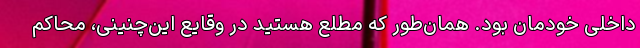
داخلی خودمان بود. همان‌طور که مطلع هستید در وقایع این‌چنینی، محاکم